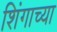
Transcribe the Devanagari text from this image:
शिंगाच्या